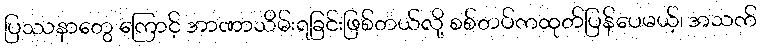
ပြဿနာတွေ ကြောင့် အာဏာသိမ်းရခြင်းဖြစ်တယ်လို့ စစ်တပ်ကထုတ်ပြန်ပေမယ့်၊ အသက်